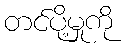
တင်ပို့မှုကို